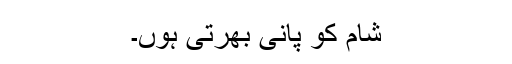
شام کو پانی بھرتی ہُوں۔